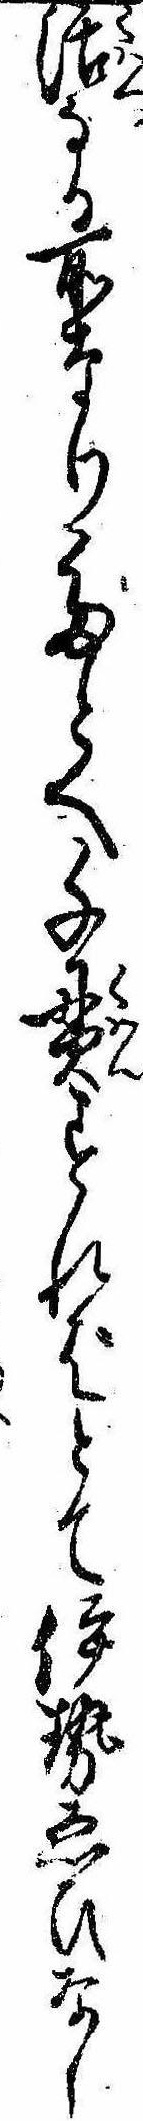
活なる所なりたとへ千貫すればとて伊勢ゑひなし